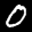
Label: 0